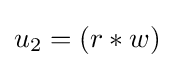
u_{2}=(r*w)